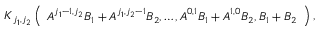
\begin{array} { r } { \boldsymbol { K } _ { j _ { 1 } , j _ { 2 } } \left( \begin{array} { l } { \boldsymbol { A } ^ { j _ { 1 } - 1 , j _ { 2 } } \boldsymbol { B } _ { 1 } + \boldsymbol { A } ^ { j _ { 1 } , j _ { 2 } - 1 } \boldsymbol { B } _ { 2 } , \ldots , \boldsymbol { A } ^ { 0 , 1 } \boldsymbol { B } _ { 1 } + \boldsymbol { A } ^ { 1 , 0 } \boldsymbol { B } _ { 2 } , \boldsymbol { B } _ { 1 } + \boldsymbol { B } _ { 2 } } \end{array} \right) , } \end{array}